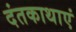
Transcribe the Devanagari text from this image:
दंतकाथाएं